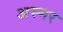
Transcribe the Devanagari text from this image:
अस्मर